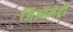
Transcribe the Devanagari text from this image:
जिऑमेट्री